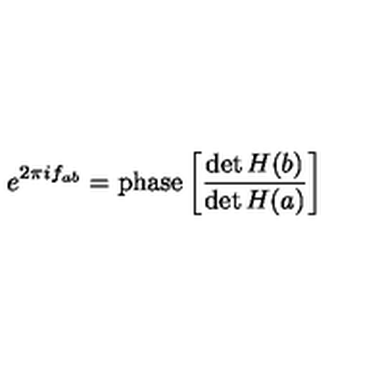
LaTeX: e ^ { 2 \pi i f _ { a b } } = \mathrm { p h a s e } \left[ \frac { \det H ( b ) } { \det H ( a ) } \right]